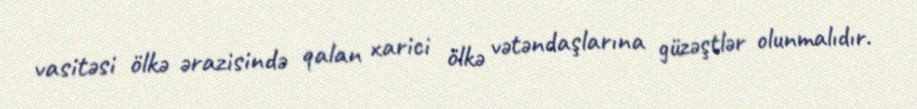
vasitəsi ölkə ərazisində qalan xarici ölkə vətəndaşlarına güzəştlər olunmalıdır.